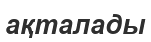
ақталады